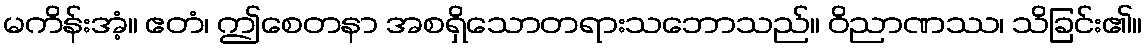
မကိန်းအံ့။ ဧတံ၊ ဤစေတနာ အစရှိသောတရားသဘောသည်။ ဝိညာဏဿ၊ သိခြင်း၏။